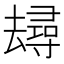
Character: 𱑭